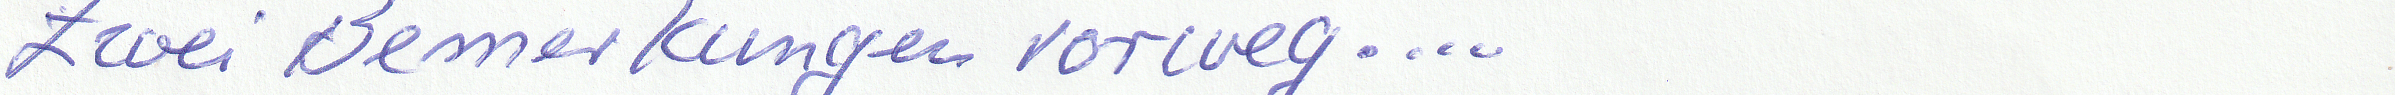
Zwei Bemerkungen vorweg....